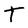
Character: T